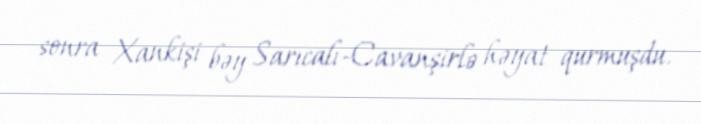
sonra Xankişi bəy Sarıcalı-Cavanşirlə həyat qurmuşdu.